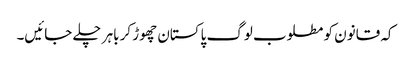
کہ قانون کو مطلوب لوگ پاکستان چھوڑ کر باہر چلے جائیں۔